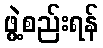
ဖွဲ့စည်းရန်